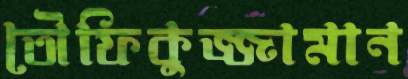
তৌফিকুজ্জামান